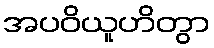
အပဝိယူဟိတွာ